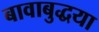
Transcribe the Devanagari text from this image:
बावाबुद्धया